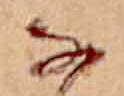
な